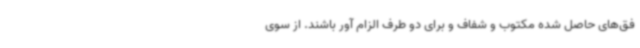
فق‌های حاصل شده مکتوب و شفاف و برای دو طرف الزام آور باشند. از سوی